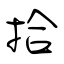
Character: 拾